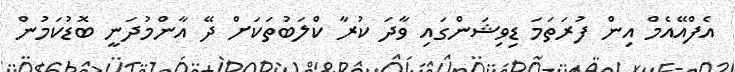
އެފްއޭއެމް އިން ފުރަތަމަ ޑިވިޝަންގައި ވާދަ ކުރާ ކްލަބުތަކަށް ދޭ އާންމުދަނީ ބޮޑުކަމުން